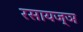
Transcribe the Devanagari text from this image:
रसायज्ञ